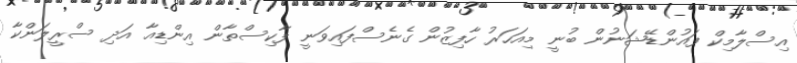
އިސްލާމިކް ފައުންޑޭޝަނުން ބުނީ މިއަހަރު ހާފިޒުން ގެނެސްފައިވަނީ ފާކިސްތާން އިންޑިއާ އަދި ސްރީލަންކާ